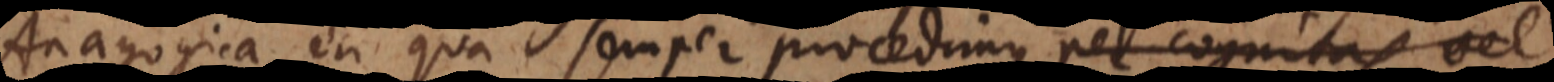
Anagogica, in qua semper procedimus per cognitas, vel